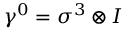
\gamma ^ { 0 } = \sigma ^ { 3 } \otimes I